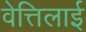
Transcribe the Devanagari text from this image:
वेत्तिलाई